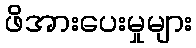
ဖိအားပေးမှုများ